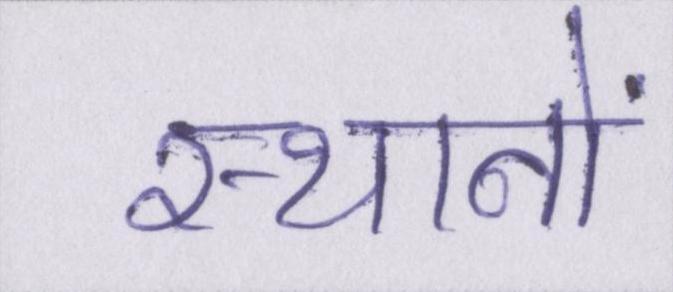
स्थानों